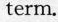
term.